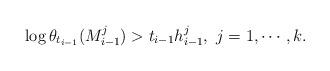
LaTeX: \begin{align*} \log \theta_{t_{i-1}}(M_{i-1}^j)>t_{i-1}h_{i-1}^j, ~j=1, \cdots, k. \end{align*}